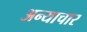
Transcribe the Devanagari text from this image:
अन्याचार